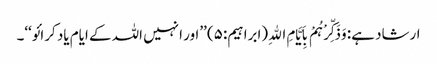
ارشاد ہے: وَذَکِّرْہُمْ بِاَیَّامِ اﷲِ (ابراہیم:۵) ’’اور انہیں اللہ کے ایام یاد کرائو‘‘۔